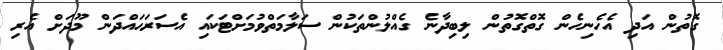
ގޮތުން އަދި އެހެނިހެން ގޮތްގޮތުން ލިބިދާނެ ގެއްލުންތަކުން ސަލާމަތްވުމަށްޓަކައި އެސަރަޙައްދަން މޫދަށް އެރި